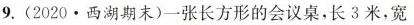
9.(2020·西湖期末)一张长方形的会议桌，长3米，宽